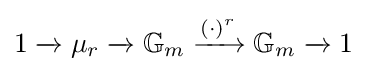
1\xrightarrow {} \mu _{r}\xrightarrow {} \mathbb {G} _{m}\xrightarrow {(\cdot )^{r}} \mathbb {G} _{m}\xrightarrow {} 1